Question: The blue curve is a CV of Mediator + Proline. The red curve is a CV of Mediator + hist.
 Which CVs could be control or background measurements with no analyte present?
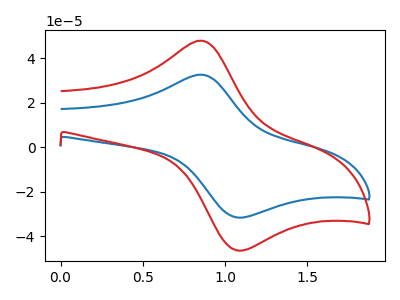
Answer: <think>The blue curve "Mediator + Proline" has an anodic peak at (0.85V, 32.55uA) and a cathodic peak at (1.05V, -31.50uA). The red curve "Mediator + hist" has an anodic peak at (0.85V, 47.80uA) and a cathodic peak at (1.05V, -46.25uA).</think>
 <answer>There are not any CV's on this graph that are likely to be blanks.</answer>
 <eval>none</eval>